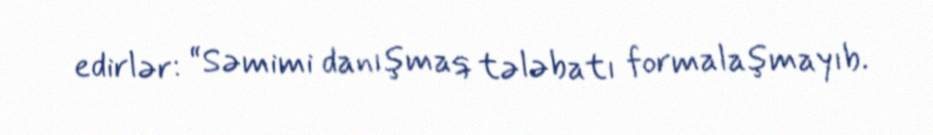
edirlər: “Səmimi danışmaq tələbatı formalaşmayıb.